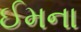
ઈમના